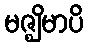
မဇ္ဈိမာပိ